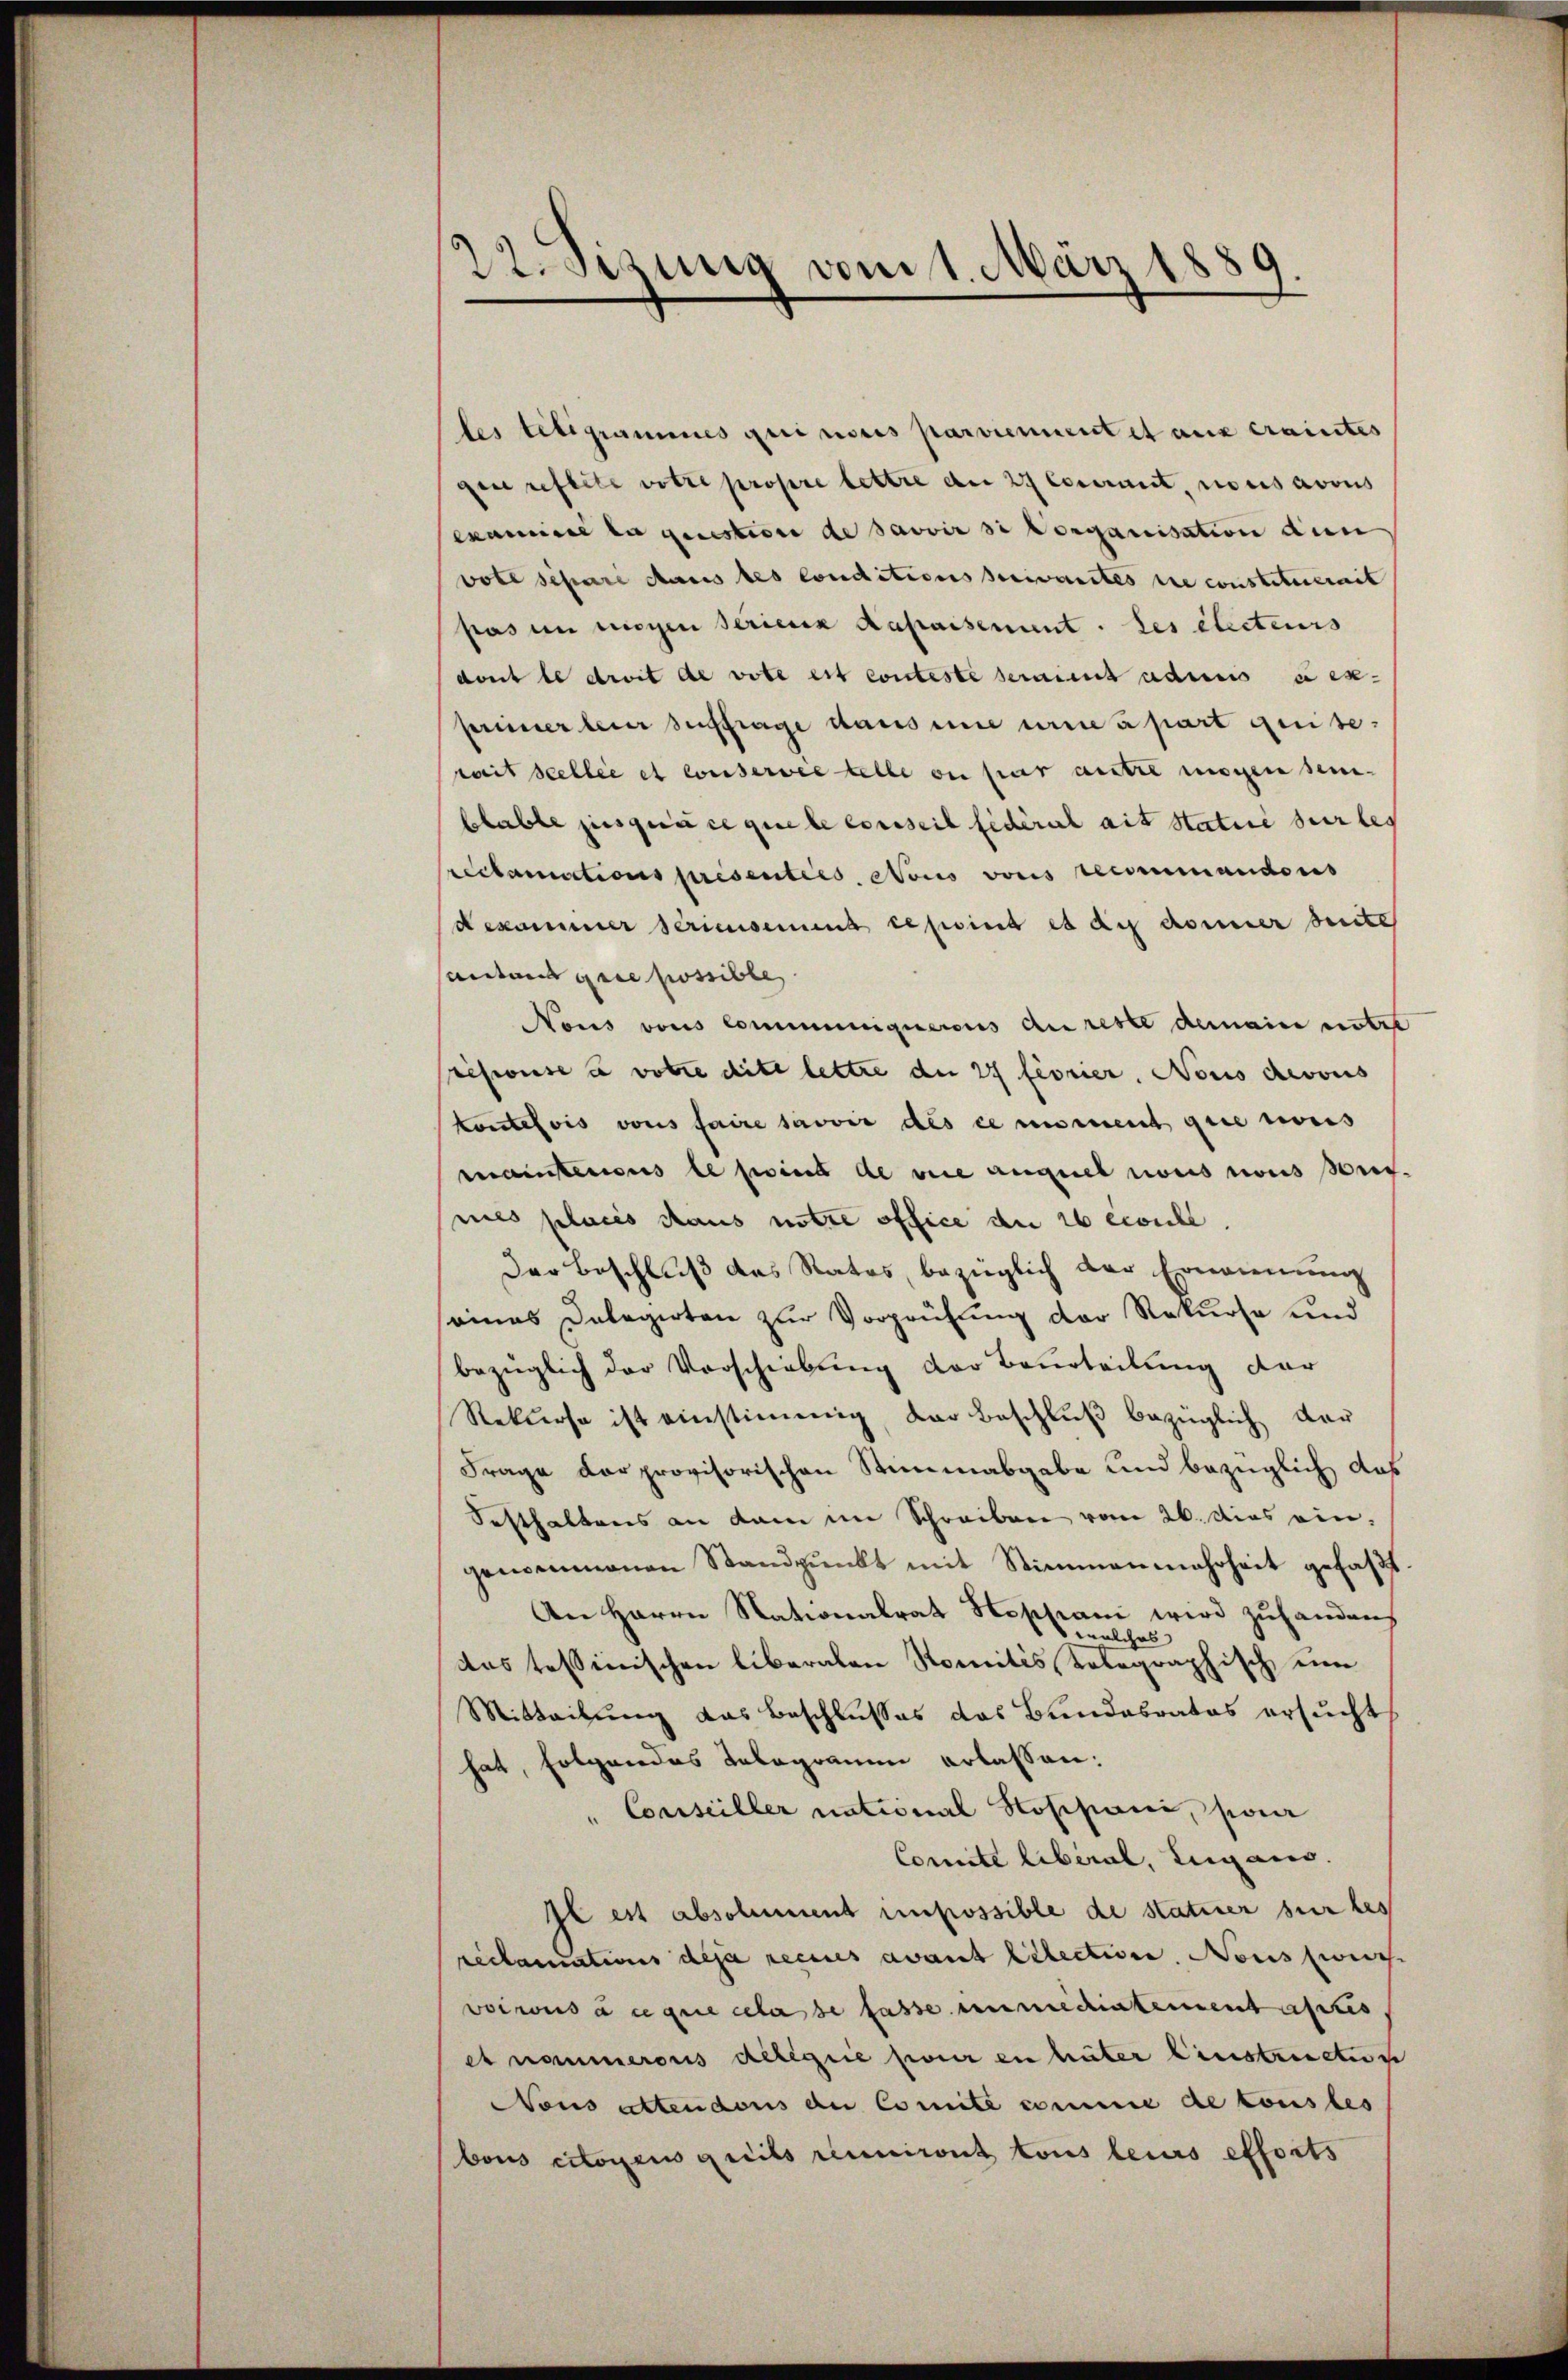
22. Sizung vom 1. März 1889.

ler telegrammes qui noces parviennent et aux craintes
gen reflite votre propre lettre am 27 Cociunt, nous avous
examine la question de savoir sie Vorganisation den
voll schare dass des conditions suivantes die constituerait
pas in mögen Serienz Rapaiserint. des electeurs
dont le droit de vote est conteste seraint admis à ex-
bereiner bei Auftrage dans eine eine a part geiseweit scellée et conservie telle ou par autre mögen sein.
blable jusque ce que le conseil fédéral ait Statue sur les
reclamations présenties, Nous vonis recommandons
Bekommer seriensent cepsind es du donner Seite
antons gere possible,
Nous vons Communiqueraus de reste demaine untre
schweise à votie dite lettre der 27 Fiorier, Nous devois
toutefois vons faire savoir des ce moment gute nous
mainterens le sind de sie auquel nous nous sich.
mies placis Haus notre office die bewill
Der Beschluß des Rates, bezüglich der Ernennung
seines Delegirten zur Vorprüfung der Rekurse und
bezüglich der Vorschiebung der Beurteilung der
Rekurse ist einstimmig, der Beschluß bezüglich dar
Frage der provisorischen Stimmabgabe und bezüglich das
Sesthaltens an dam im Schreiben vom 26. dies eingenommenen Standpŭnkt mit Stimmenmehrheit gefaßt.
An Herrn Nationalrat Hoppani wird zuhandens
n
lches
das tessinischen liberalen Somitis, telegraphisch, eine
Mitteilung das Beschlusses das Bundesrates ersucht
hat, folgendes Telegramm erlassen:
"Conseiller national Hosihiani, pour
Comité libéral, Lugano.
Il est absolument impossible de statuer sur les
reclamations deja recues avant litection, Noussweise
vocius ce que cela se fasse immediatementastis
et nommeraus delegie pour in hüter Einstruction
Nous attendons du Comité comme de tonsbes
bous citoyens gleits reumiret tous leurs efforts